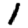
Digit: 1